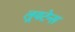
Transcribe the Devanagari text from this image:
लूयटेन्स